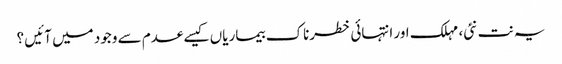
یہ نت نئی، مہلک اور انتہائی خطرناک بیماریاں کیسے عدم سے وجود میں آئیں ؟